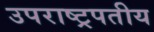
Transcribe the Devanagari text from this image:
उपराष्ट्रपतीय